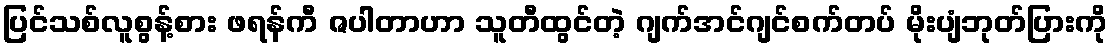
ပြင်သစ်လူစွန့်စား ဖရန်ကီ ဇပါတာဟာ သူတီထွင်တဲ့ ဂျက်အင်ဂျင်စက်တပ် မိုးပျံဘုတ်ပြားကို